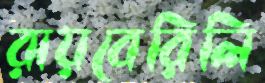
রায়বেরিলি